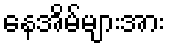
နေအိမ်များအား